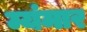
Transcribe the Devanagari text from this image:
म्यंमार